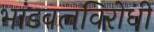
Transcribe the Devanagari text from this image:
भांडवलविरोधी